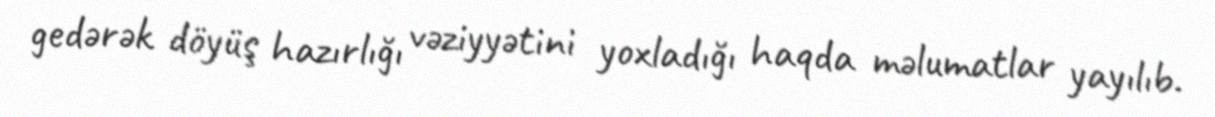
gedərək döyüş hazırlığı vəziyyətini yoxladığı haqda məlumatlar yayılıb.